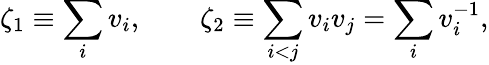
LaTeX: \zeta_{1}\equiv\sum_{i}v_{i},\qquad\zeta_{2}\equiv\sum_{i<j}v_{i}v_{j}=\sum_{i}v_{i}^{-1},